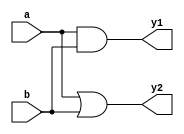
module continuous_assignment_example (
    input wire a,        // Input signal a
    input wire b,        // Input signal b
    output wire y1,     // Output signal y1 (AND operation)
    output wire y2      // Output signal y2 (OR operation)
);

    // Continuous assignment for AND operation
    assign y1 = a & b;   // y1 will be the result of a AND b

    // Continuous assignment for OR operation
    assign y2 = a | b;   // y2 will be the result of a OR b

endmodule